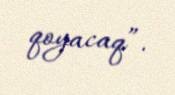
qoyacaq”.